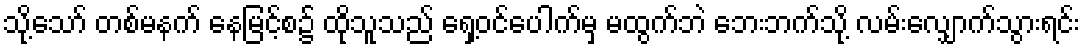
သို့သော် တစ်မနက် နေမြင့်စ၌ ထိုသူသည် ရှေ့ဝင်ပေါက်မှ မထွက်ဘဲ ဘေးဘက်သို့ လမ်းလျှောက်သွားရင်း